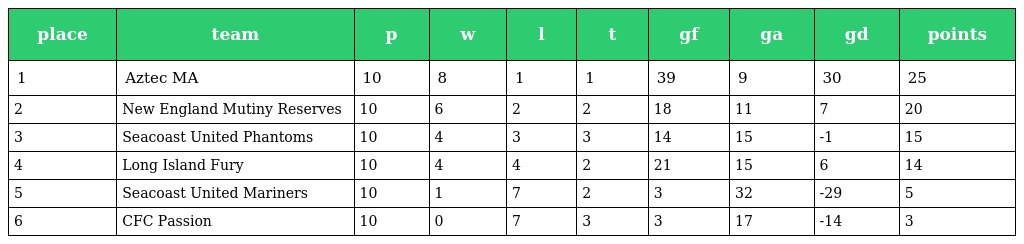
| place | team | p | w | l | t | gf | ga | gd | points |
 | --- | --- | --- | --- | --- | --- | --- | --- | --- | --- |
 | 1 | Aztec MA | 10 | 8 | 1 | 1 | 39 | 9 | 30 | 25 |
 | 2 | New England Mutiny Reserves | 10 | 6 | 2 | 2 | 18 | 11 | 7 | 20 |
 | 3 | Seacoast United Phantoms | 10 | 4 | 3 | 3 | 14 | 15 | -1 | 15 |
 | 4 | Long Island Fury | 10 | 4 | 4 | 2 | 21 | 15 | 6 | 14 |
 | 5 | Seacoast United Mariners | 10 | 1 | 7 | 2 | 3 | 32 | -29 | 5 |
 | 6 | CFC Passion | 10 | 0 | 7 | 3 | 3 | 17 | -14 | 3 |